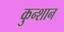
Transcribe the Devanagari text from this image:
कुन्शान